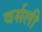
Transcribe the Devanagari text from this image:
वर्सली